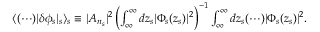
\begin{array} { r } { \langle ( \cdots ) \lvert \delta \phi _ { s } \rvert _ { s } \rangle _ { s } \equiv \lvert A _ { n _ { s } } \rvert ^ { 2 } \left( \int _ { \infty } ^ { \infty } d z _ { s } \lvert \Phi _ { s } ( z _ { s } ) \rvert ^ { 2 } \right) ^ { - 1 } \int _ { \infty } ^ { \infty } d z _ { s } ( \cdots ) \lvert \Phi _ { s } ( z _ { s } ) \rvert ^ { 2 } . } \end{array}